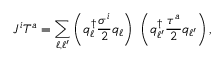
J ^ { i } T ^ { a } = \sum _ { \ell , \ell ^ { \prime } } \left( q _ { \ell } ^ { \dagger } { \frac { \sigma ^ { i } } { 2 } } q _ { \ell } \right) \ \left( q _ { \ell ^ { \prime } } ^ { \dagger } { \frac { \tau ^ { a } } { 2 } } q _ { \ell ^ { \prime } } \right) ,